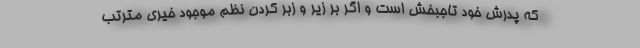
که پدرش خود تاجبخش است و اگر بر زیر و زبر کردن نظم موجود خیری مترتب